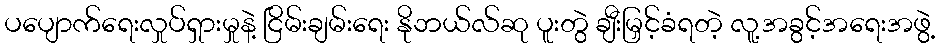
ပပျောက်ရေးလှုပ်ရှားမှုနဲ့ ငြိမ်းချမ်းရေး နိုဘယ်လ်ဆု ပူးတွဲ ချီးမြှင့်ခံရတဲ့ လူ့အခွင့်အရေးအဖွဲ့